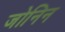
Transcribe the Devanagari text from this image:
जोनिन